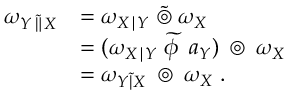
{ \begin{array} { r l } { \omega _ { Y \, { \widetilde { \| } } \, X } } & { = \omega _ { X \mid Y } \; { \widetilde { \circledcirc } } \; \omega _ { X } } \\ & { = ( \omega _ { X \mid Y } \; { \widetilde { \phi \, } } \; a _ { Y } ) \; \circledcirc \; \omega _ { X } } \\ & { = \omega _ { Y { \widetilde { | } } X } \; \circledcirc \; \omega _ { X } \; . } \end{array} }